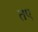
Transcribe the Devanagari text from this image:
तए